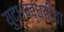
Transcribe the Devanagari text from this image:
युद्धपद्धतींचा